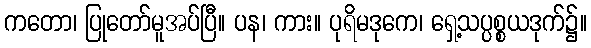
ကတော၊ ပြုတော်မူအပ်ပြီ။ ပန၊ ကား။ ပုရိမဒုကေ၊ ရှေ့သပ္ပစ္စယဒုက်၌။